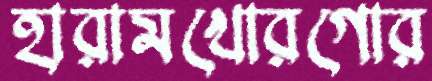
হারামখোরগোর